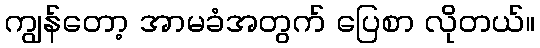
ကျွန်တော့ အာမခံအတွက် ပြေစာ လိုတယ်။